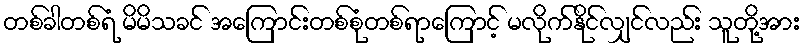
တစ်ခါတစ်ရံ မိမိသခင် အကြောင်းတစ်စုံတစ်ရာကြောင့် မလိုက်နိုင်လျှင်လည်း သူတို့အား